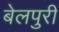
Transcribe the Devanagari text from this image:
बेलपुरी